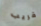
قريب